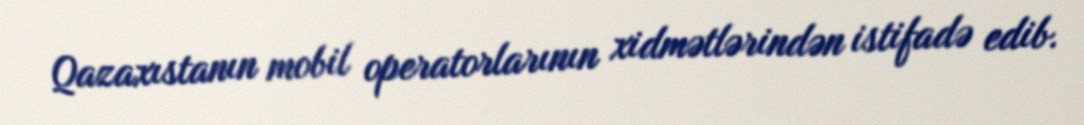
Qazaxıstanın mobil operatorlarının xidmətlərindən istifadə edib.